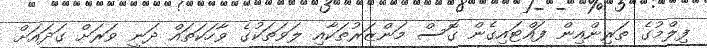
ފިލްމުގެ ތަރިންއިން ފައްޓައިގެން ގޮސް މަންޒަރުތަކާއި ލަވަތަކުގެ ވާހަކަތައް ދަނީ ވަރަށް ގަދައަށް